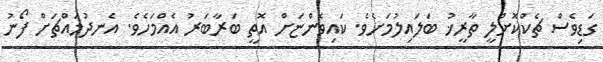
ގަޑިވެސް ޗެކްކޮށްލީ ތާރީޚު ބަލައިލުމަށެވެ. ކައިވެންޏަށް އޮތީ ބަރާބަރު އެއްމަހެވެ. އެނދުމައްޗަށް ފޯނު